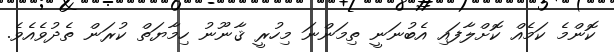
ކޮންމެ ކަމެއް ކޮށްލާފައި އެބުނަނީ ތިމަންނަ މިހުރީ ޤާނޫނު ހިމާޔަތް ކުރަން ތެދުވެއެވެ.